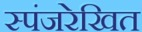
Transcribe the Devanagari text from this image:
स्पंजरेखित